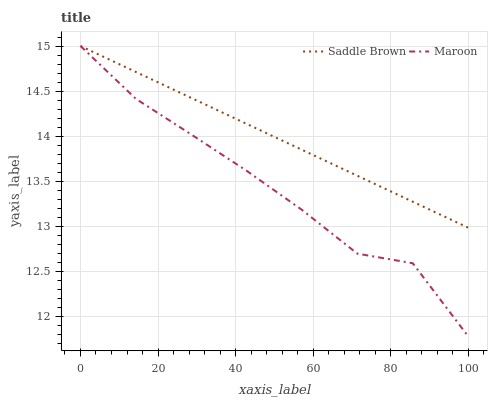
| xaxis_label | Saddle Brown | Maroon |
 | --- | --- | --- |
 | 0 | 15 | 15 |
 | 14.3 | 14.7 | 14.4 |
 | 28.6 | 14.4 | 14 |
 | 42.9 | 14.1 | 13.6 |
 | 57.1 | 13.8 | 13.2 |
 | 71.4 | 13.6 | 12.7 |
 | 85.7 | 13.3 | 12.6 |
 | 100 | 13 | 11.8 |